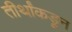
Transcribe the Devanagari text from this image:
तीर्थांकडून